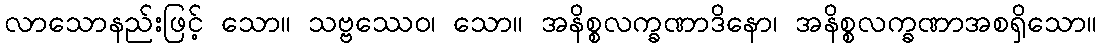
လာသောနည်းဖြင့် သော။ သဗ္ဗဿေဝ၊ သော။ အနိစ္စလက္ခဏာဒိနော၊ အနိစ္စလက္ခဏာအစရှိသော။